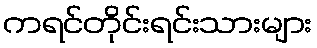
ကရင်တိုင်းရင်းသားများ